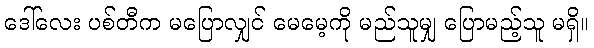
ဒေါ်လေး ပစ်တီက မပြောလျှင် မေမေ့ကို မည်သူမျှ ပြောမည့်သူ မရှိ။